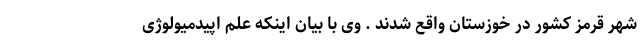
شهر قرمز کشور در خوزستان واقع شدند . وی با بیان اینکه علم اپیدمیولوژی